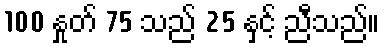
100 နှုတ် 75 သည် 25 နှင့် ညီသည်။